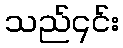
သည်၎င်း